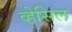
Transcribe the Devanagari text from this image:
व्हेसिल